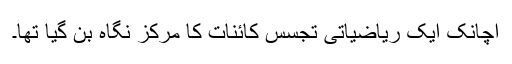
اچانک ایک ریاضیاتی تجسس کائنات کا مرکز نگاہ بن گیا تھا۔